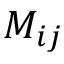
M _ { i j }